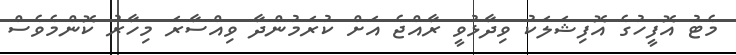
މެޓު އޮފީހުގެ އޮފިޝަލަކު ވިދާޅުވީ ރާއްޖެ އަށް ކުރަމުންދާ ވިއްސާރަ މިހާރު ކޮންމެވެސް